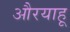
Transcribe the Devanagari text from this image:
औरयाहू